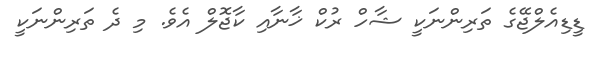
ޑީޑިއެލްޖޭގެ ތަރިންނަކީ ޝާހް ރުކް ޚާނާއި ކާޖޮލް އެވެ. މި ދެ ތަރިންނަކީ